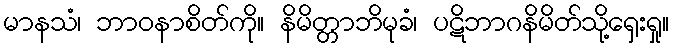
မာနသံ၊ ဘာဝနာစိတ်ကို။ နိမိတ္တာဘိမုခံ၊ ပဋိဘာဂနိမိတ်သို့ရှေးရှု။